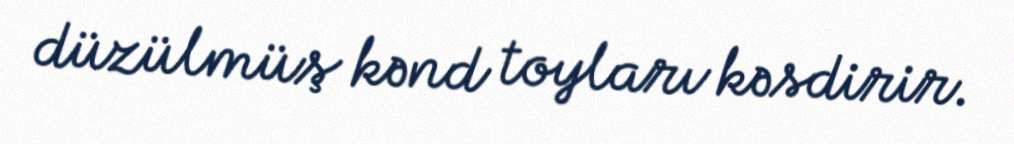
düzülmüş kənd toyları kəsdirir.